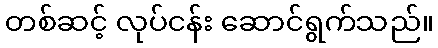
တစ်ဆင့် လုပ်ငန်း ဆောင်ရွက်သည်။